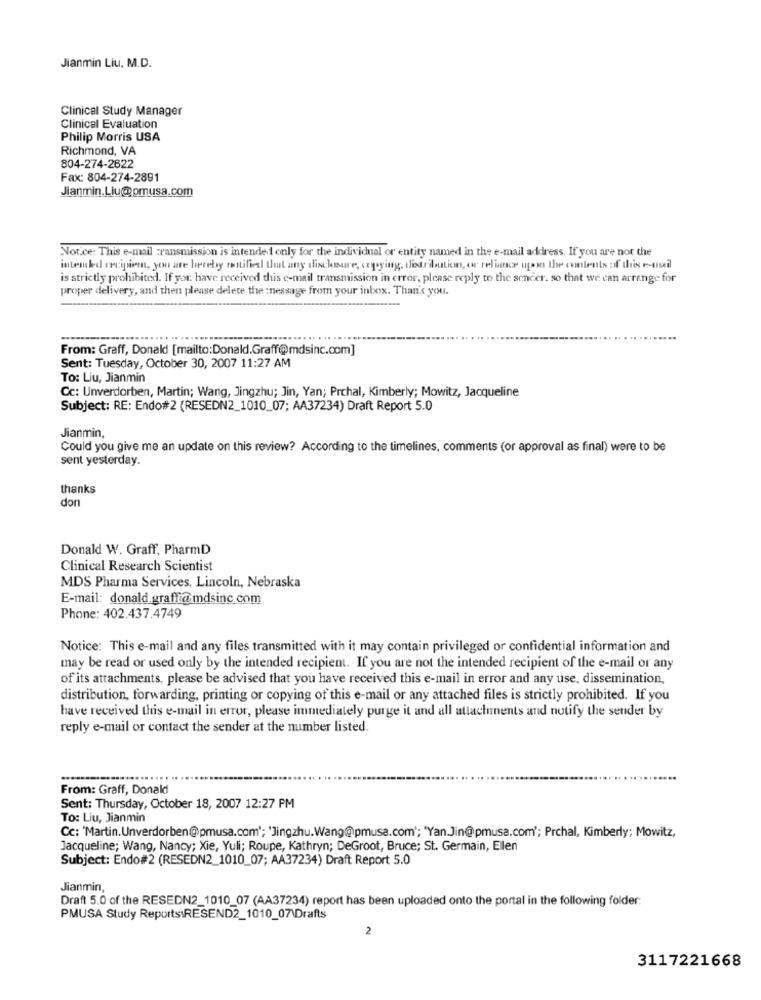
Jianmin Liu, M.D.
Clinical Study Manager
Clinical Evaluation
Philip Morris USA
Richmond, VA
804-274-2622
Fax: 804-274-2891
Jianmin.Liu@prusa.com
Not.ce: This e-mail Transmission is intended only for the individual or entity named in the e-mail address. If you are not the
intesked recipient, you are hereby testifiesl Ut any disclosure, copying, distribution, or reliance upon the contents of this e-mail
is strictly prohibited. If you have received this e-mail transmission in error, please reply to the sender. so that we can arrange for
proper delivery, and then please delete the message from your inbox. Than's you.
From: Graff, Donald [mailto:Donald.Graff@mdsinc.com]
Sent: Tuesday, October 30, 2007 11:27 AM
To: Liu, Jianmin
Cc: Unverdorben, Martin; Wang, Jingzhu; Jin, Yan; Prchal, Kimberly; Mowitz, Jacqueline
Subject: RE: Endo#2 (RESEDN2_1010_07; AA37234) Draft Report 5.0
Jianmin,
Could you give me an update on this review? According to the timelines, comments (or approval as final) were to be
sent yesterday.
thanks
don
Donald W. Graff, PharmD
Clinical Research Scientist
MDS Pharma Services, Lincoln, Nebraska
E-mail: donald.graffi@mdsinc.com
Phone: 402.437.4749
Notice: This e-mail and any files transmitted with it may contain privileged or confidential information and
may be read or used only by the intended recipient. If you are not the intended recipient of the e-mail or any
of its attachments, please be advised that you have received this e-mail in error and any use, dissemination,
distribution, forwarding, printing or copying of this e-mail or any attached files is strictly prohibited. If you
have received this e-mail in error, please immediately purge it and all attachments and notify the sender by
reply e-mail or contact the sender at the number listed.
From: Graff, Donald
Sent: Thursday, October 18, 2007 12:27 PM
To: Liu, Jianmin
Cc: 'Martin.Unverdorben@pmusa.com'; 'Jingzhu.Wang@pmusa.com'; 'YanJin@pmusa.com'; Prchal, Kimberly; Mowitz,
Jacqueline; Wang, Nancy; Xie, Yuli; Roupe, Kathryn; DeGroot, Bruce; St. Germain, Ellen
Subject: Endo#2 (RESEDN2_1010_07; AA37234) Draft Report 5.0
Jianmin,
Draft 5.0 of the RESEDN2_1010_07 (AA37234) report has been uploaded onto the portal in the following folder:
PMUSA Study ReportsiRESEND2_1010_07\Drafts
2
3117221668